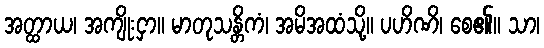
အတ္ထာယ၊ အကျိုးငှာ။ မာတုသန္တိကံ၊ အမိအထံသို့။ ပဟိဏိ၊ စေ၏။ သာ၊